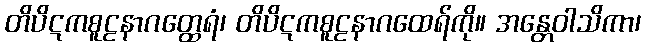
တိပိဋကစူဠနာဂတ္ထေရံ၊ တိပိဋကစူဠနာဂထေရ်ကို။ အန္တေဝါသိကာ၊